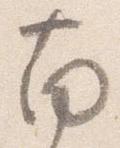
南